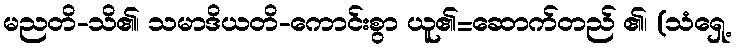
မညတိ-သိ၏၊ သမာဒိယတိ-ကောင်းစွာ ယူ၏=ဆောက်တည် ၏၊ (သံရှေ့